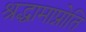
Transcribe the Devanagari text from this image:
श्रद्धामाप्नोति